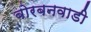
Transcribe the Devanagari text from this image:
बोरबनवाडी